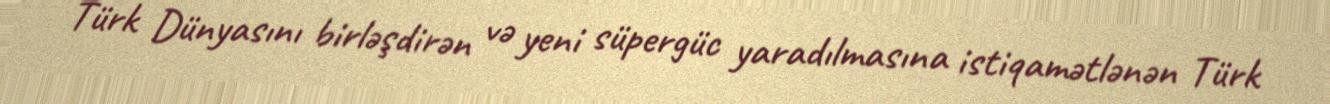
Türk Dünyasını birləşdirən və yeni süpergüc yaradılmasına istiqamətlənən Türk